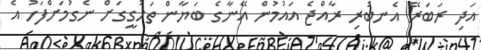
އަދި ރަބަރޭ އެނބުރި ރާއްޖެ އައުމުން އޭނާގެ ބަޔާން ތަހުގީގަށް ނެގުމަށްފަހު އެ